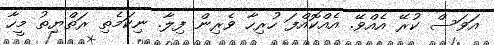
އަވަސް ކުރޭ އެއްވޭ. އެއްކޮއްފަ ހުރިހާ ވެރިން ފިލާ. ނިކަމެތި ރަތްޔިތު މީހާ